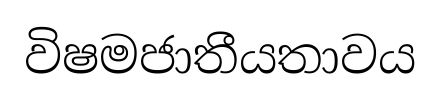
විෂමජාතීයතාවය